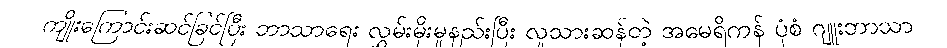
ကျိုးကြောင်းဆင်ခြင်ပြီး ဘာသာရေး လွှမ်းမိုးမှုနည်းပြီး လူသားဆန်တဲ့ အမေရိကန် ပုံစံ ဂျူးဘာသာ